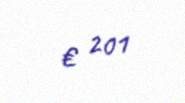
€ 201